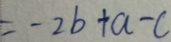
= - 2 b + a - c